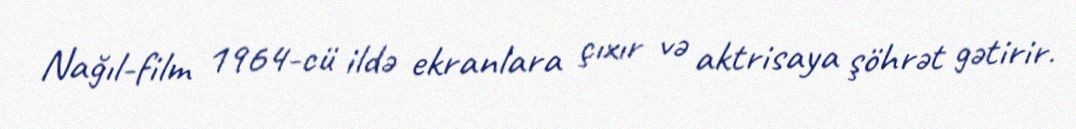
Nağıl-film 1964-cü ildə ekranlara çıxır və aktrisaya şöhrət gətirir.